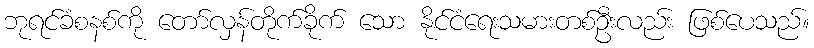
ဘုရင်ခံစနစ်ကို တော်လှန်တိုက်ခိုက် သော နိုင်ငံရေးသမားတစ်ဦးလည်း ဖြစ်ပေသည်။